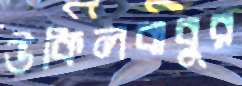
উকিলবাবুর